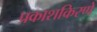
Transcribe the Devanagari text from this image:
प्रकाशकिरणे